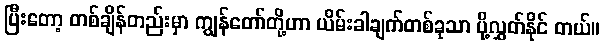
ပြီးတော့ တစ်ချိန်တည်းမှာ ကျွန်တော်တို့ဟာ ယိမ်းခါချက်တစ်ခုသာ ပို့လွှတ်နိုင် တယ်။